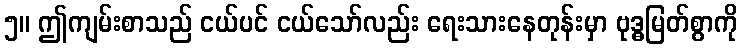
၅။ ဤကျမ်းစာသည် ငယ်ပင် ငယ်သော်လည်း ရေးသားနေတုန်းမှာ ဗုဒ္ဓမြတ်စွာကို